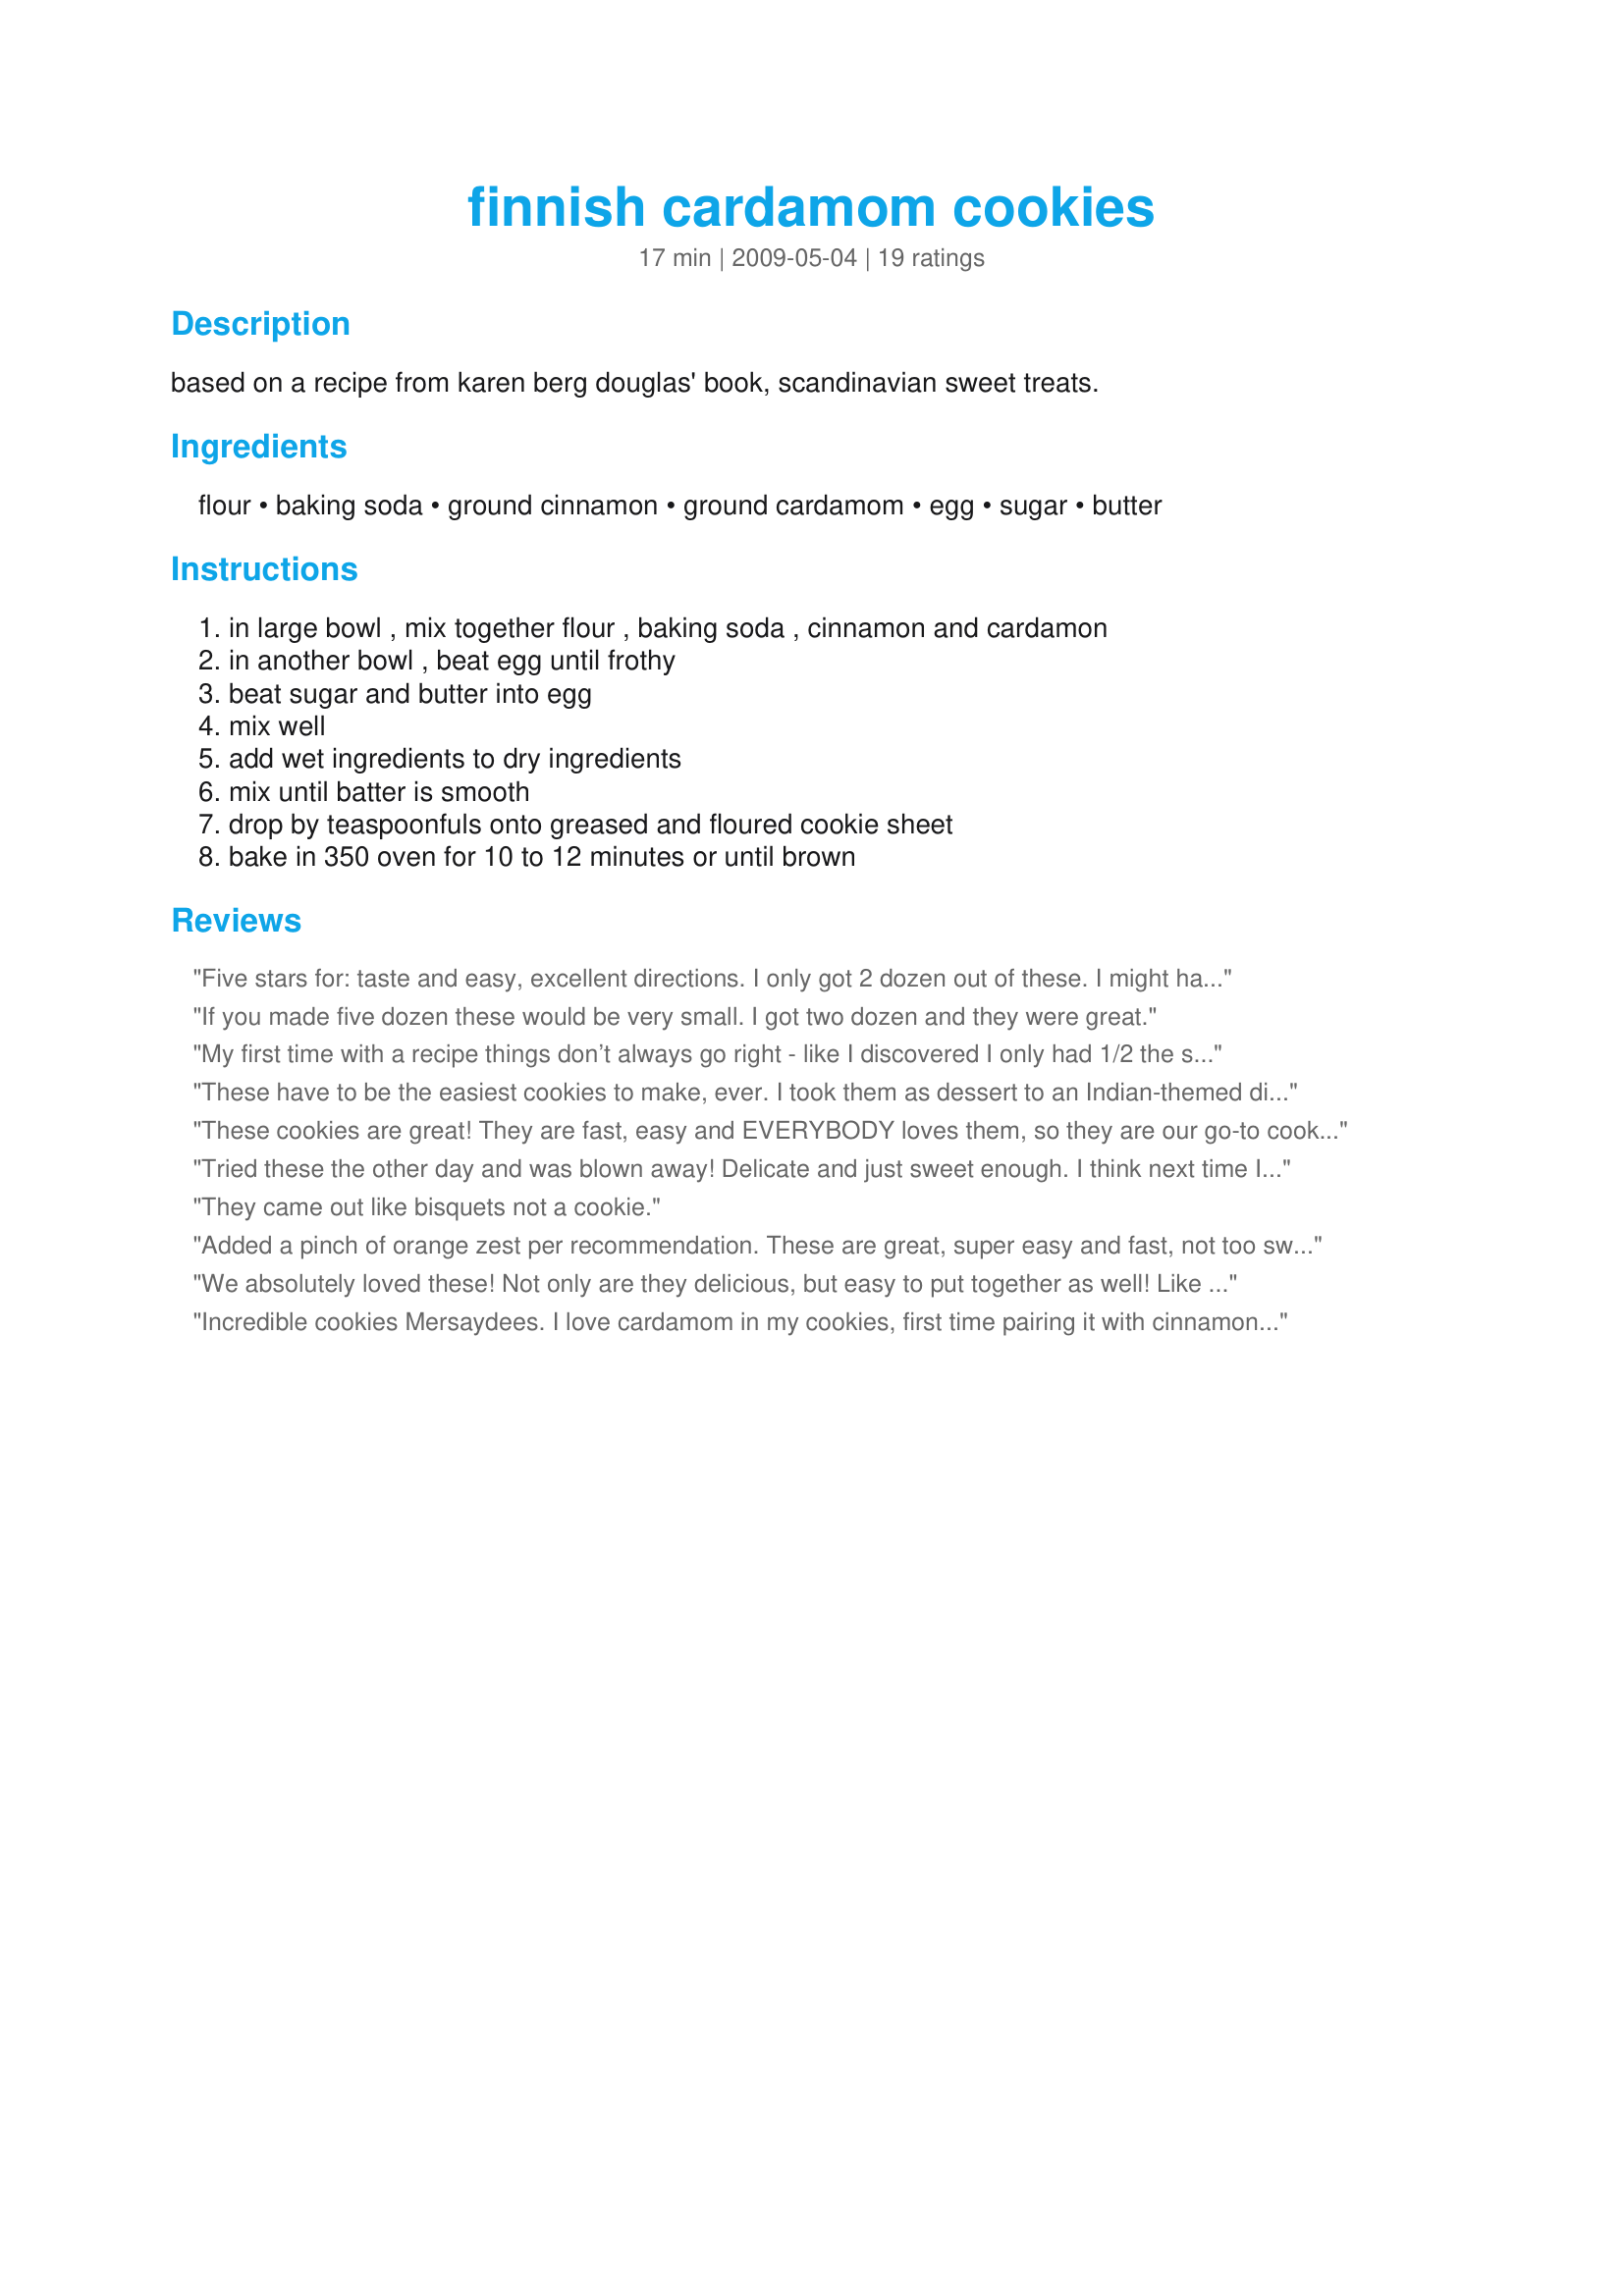
finnish cardamom cookies
Preparation time: 17 minutes

based on a recipe from karen berg douglas' book, scandinavian sweet treats.

Ingredients:
flour, baking soda, ground cinnamon, ground cardamom, egg, sugar, butter

Steps:
in large bowl , mix together flour , baking soda , cinnamon and cardamon, in another bowl , beat egg until frothy, beat sugar and butter into egg, mix well, add wet ingredients to dry ingredients, mix until batter is smooth, drop by teaspoonfuls onto greased and floured cookie sheet, bake in 350 oven for 10 to 12 minutes or until brown

Reviews:
Five stars for: taste and easy, excellent directions. I only got 2 dozen out of these. I might have been able to stretch 3 but that would have taken some effort. If I had to choose the perfect cookie this would certainly be it. Reviewed for ZWT #6. Thank you! PS These would make wicked ice cream sandwiches I think!
If you made five dozen these would be very small. I got two dozen and they were great.
My first time with a recipe things don’t always go right - like I discovered I only had 1/2 the sugar. I made them anyway. They are just what I hoped! Even with half the sugar they’re cardamon-y and buttery and soft coming out of the oven with crisp edges. I’ll definitely make them again because they’re really easy &amp; fast for how good they are.
These have to be the easiest cookies to make, ever. I took them as dessert to an Indian-themed dinner and they were great with some mango sorbet. I used unsalted butter (which I softened but did not melt) and added a pinch of salt. They were soft when taken out of the oven but as they cooled became sort of crispy/chewy. Everyone liked them and I'd definitely make again!
These cookies are great! They are fast, easy and EVERYBODY loves them, so they are our go-to cookie when we want to treat someone. Make more than one batch ;-)
Tried these the other day and was blown away! Delicate and just sweet enough. I think next time I will add just a little orange zest and see how it does. This is the perfect addition to nearly any hot tea.
They came out like bisquets not a cookie.
Added a pinch of orange zest per recommendation. These are great, super easy and fast, not too sweet. Very nice!
We absolutely loved these! Not only are they delicious, but easy to put together as well! Like other reviewers, we only got 2 1/2 dozen cookies, and that was using my tsp cookie scoop. Thanks mersaydees for posting this winner, and thanks Cookgirl, for putting it in your Best of 2010 cookbook so I could try it!
Incredible cookies Mersaydees. I love cardamom in my cookies, first time pairing it with cinnamon, it was perfect. I grind my own spices, so they were extra tasty. Thank you so much for sharing your recipe, the cookies were crisp, tender and oh so flavorful. I will be making these over and over again. Even my cardamom hating neighbors loved these cookies. I just never told them there was cardamom in them. I make my cookies extra large and got about 2 dozen from one batch. Kudos on this excellent recipe. :)
These are very rich cookies but oh so good! I scaled the recipe down to a 1/2 batch to make a lattice for a blueberry pie and still had a large glob of dough left over and got 3 cookies. No picture available...cuz I ate them! ;) They're good out of the oven but even better after cooled off and crisped up. I subbed the butter for canola oil, if others want to do so scale it down 1-2 Tbsp or else they will be very greasy to handle. For "1/2 egg" I separated a small egg that had a few drops of yolk left, binded up just perfect. The spice mix is just superb, outta this world! Made for Veggie Swap 24.
Cardamom cookies seem so exotic so I tried your recipe today and used less sugar, 1/4 less the amount and waited for the melted butter to cool completely. Added tiniest amount more each cinnamon and cardamom hoped the spices shined. Alas, will try again, how much more of each spice next time? PS I searched the history for this cookie but am disappointed that there isn't anything on Scandinavian cookies. The trays were placed less than in the middle of the oven so they took minutes longer to bake.
My kids din't eat them! They never got a chance! Warning, don't make a batch of these cookies, make at least three batches. Don't make these if you aren't willing to twist your diet into a candy cane. Don't leave them around where anyone can find them. If you think drugs are addictive your in for a shock! Oh, and lastly, don't let the fact that these are so easy to make fool you. BTW I went a tad heavy on the cardamon (fresh ground), used coconut sugar, a touch of vanilla and some smashed cashews. OMG!!!
I added lavender icing to mine. They were a big hit. Everyone thought they were so fancy. Next I will try rose.
I made them for the first time this afternoon.I added orange zest and baked them for 16 mins.Great with a glass of milk .I would recommend them -5 star.
delicious! cooked a few minutes longer than 12 minutes.
I could tell this was going to be a good recipe when I first combined the cardamom and cinnamon. The recipe is straightforward, and quite tasty - strongly brings to mind cinnamon graham crackers actually. This was my first cookie making adventure, so I'm going to say that's the reason I got nowhere near 5 dozen cookies. But the ones I did get were yummy indeed.
These were very good soft cookies. Very unique tasting and slightly addictive (even for me, who isn&#039;t crazy about cardamom). Next time I might add a dash of salt.
Wow, these are delicious cookies! Threw them together in a snap, so very easy! Loved the combo of cardamom and cinnamon, excellent! Made for ZWT 6 :)
